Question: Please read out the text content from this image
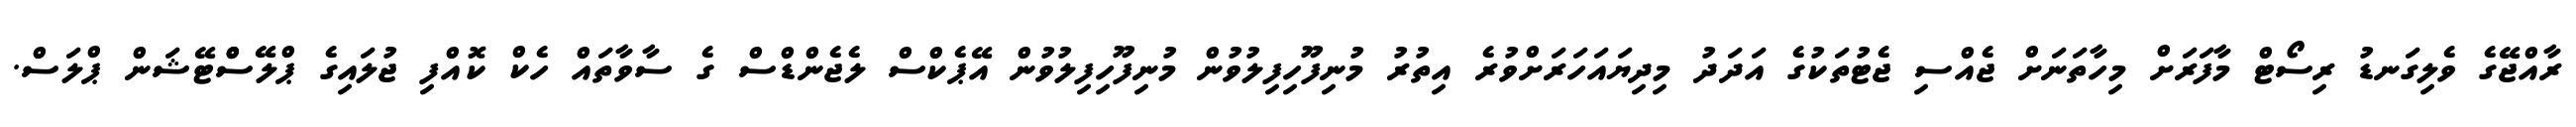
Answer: ރާއްޖޭގެ ވެލިގަނޑު ރިސޯޓް މާފަރަށް މިހާތަނަށް ޖެއްސި ޖެޓުތަކުގެ އަދަދު މިދިޔައަހަރަށްވުރެ އިތުރު މުނިފޫހިފިލުވުން މުނިފޫހިފިލުވުން އޭޕެކްސް ލެޖެންޑްސް ގެ ސާވާތައް ހެކް ކޮއްފި ޖުލައިގެ ޕްލޭސްްޓޭޝަން ޕްލަސް.